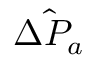
\hat { \Delta P _ { a } }